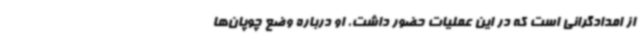
از امدادگرانی است که در این عملیات حضور داشت، او درباره وضع چوپان‌ها